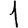
Digit: 1